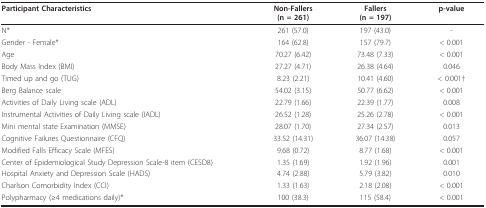
<table><thead><tr><td><b>Participant Characteristics</b></td><td><b>Non-Fallers(n = 261)</b></td><td><b>Fallers(n = 197)</b></td><td><b>p-value</b></td></tr></thead><tbody><tr><td>N*</td><td>261 (57.0)</td><td>197 (43.0)</td><td>-</td></tr><tr><td>Gender - Female*</td><td>164 (62.8)</td><td>157 (79.7)</td><td>&lt; 0.001</td></tr><tr><td>Age</td><td>70.27 (6.42)</td><td>73.48 (7.33)</td><td>&lt; 0.001</td></tr><tr><td>Body Mass Index (BMI)</td><td>27.27 (4.71)</td><td>26.38 (4.64)</td><td>0.046</td></tr><tr><td>Timed up and go (TUG)</td><td>8.23 (2.21)</td><td>10.41 (4.60)</td><td>&lt; 0.001†</td></tr><tr><td>Berg Balance scale</td><td>54.02 (3.15)</td><td>50.77 (6.62)</td><td>&lt; 0.001</td></tr><tr><td>Activities of Daily Living scale (ADL)</td><td>22.79 (1.66)</td><td>22.39 (1.77)</td><td>0.008</td></tr><tr><td>Instrumental Activities of Daily Living scale (IADL)</td><td>26.52 (1.28)</td><td>25.26 (2.78)</td><td>&lt; 0.001</td></tr><tr><td>Mini mental state Examination (MMSE)</td><td>28.07 (1.70)</td><td>27.34 (2.57)</td><td>0.013</td></tr><tr><td>Cognitive Failures Questionnaire (CFQ)</td><td>33.52 (14.31)</td><td>36.07 (14.38)</td><td>0.057</td></tr><tr><td>Modified Falls Efficacy Scale (MFES)</td><td>9.68 (0.72)</td><td>8.77 (1.68)</td><td>&lt; 0.001</td></tr><tr><td>Center of Epidemiological Study Depression Scale-8 item (CESD8)</td><td>1.35 (1.69)</td><td>1.92 (1.96)</td><td>0.001</td></tr><tr><td>Hospital Anxiety and Depression Scale (HADS)</td><td>4.74 (2.88)</td><td>5.79 (3.82)</td><td>0.010</td></tr><tr><td>Charlson Comorbidity Index (CCI)</td><td>1.33 (1.63)</td><td>2.18 (2.08)</td><td>&lt; 0.001</td></tr><tr><td>Polypharmacy (≥4 medications daily)*</td><td>100 (38.3)</td><td>115 (58.4)</td><td>&lt; 0.001</td></tr></tbody></table>